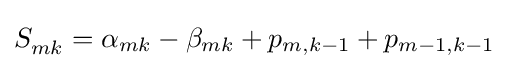
S_{mk}^{}=\alpha _{mk}-\beta _{mk}+p_{m,k-1}+p_{m-1,k-1}